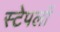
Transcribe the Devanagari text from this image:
स्टेपलों